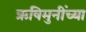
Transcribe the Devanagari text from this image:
ऋषिमुनींच्या